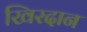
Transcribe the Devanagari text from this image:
खिरदान